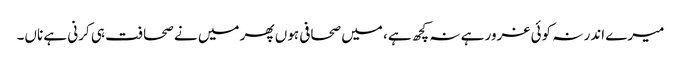
میرے اندر نہ کوئی غرور ہے نہ کچھ ہے، میں صحافی ہوں پھر میں نے صحافت ہی کرنی ہے ناں۔